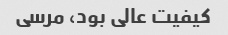
کیفیت عالی بود، مرسی